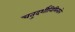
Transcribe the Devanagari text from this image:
चतुदर्शीनिमित्ताने